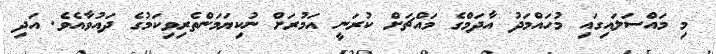
މި މައްސަލައިގައި މުހައްމަދު އާދަމްގެ މައްޗަށް ކުރަނީ އަމުރަށް ނުކިޔަމަންތެރިވިކަމުގެ ދައުވާއެވެ. އަދި